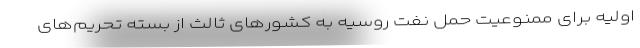
اولیه برای ممنوعیت حمل نفت روسیه به کشورهای ثالث از بسته تحریم‌های